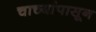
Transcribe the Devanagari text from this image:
चाच्यांपासून